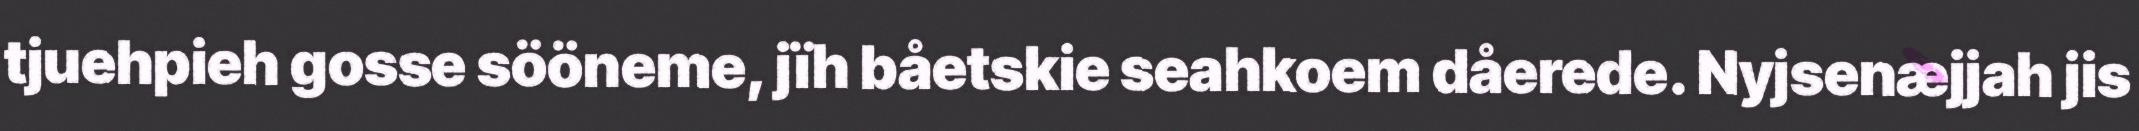
tjuehpieh gosse sööneme, jïh båetskie seahkoem dåerede. Nyjsenæjjah jis